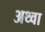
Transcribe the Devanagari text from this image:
अथ्‍वा